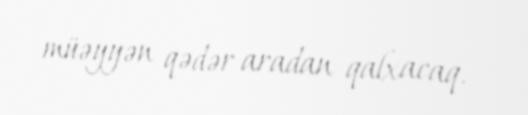
müəyyən qədər aradan qalxacaq.